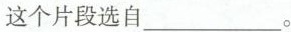
这个片段选自___。